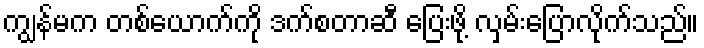
ကျွန်မက တစ်ယောက်ကို ဒက်စတာဆီ ပြေးဖို့ လှမ်းပြောလိုက်သည်။